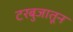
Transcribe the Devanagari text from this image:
टरबुजातून